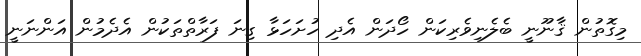
މިގޮތުން ޤާނޫނީ ބެލެނިވެރިކަން ހޯދަން އެދި ހުށަހަޅާ ގިނަ ފަރާތްތަކުން އެދެމުން އަންނަނީ